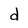
Character: d